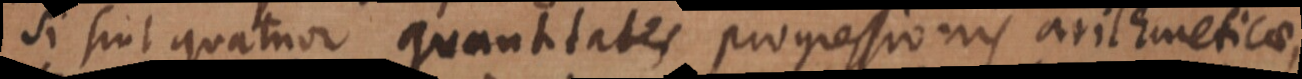
Si sint quatuor quantitates progressionis arithmeticae,